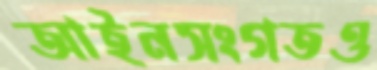
আইনসংগতও